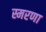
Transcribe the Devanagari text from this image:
स्मरणा